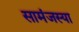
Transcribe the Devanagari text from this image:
सामंजस्या